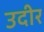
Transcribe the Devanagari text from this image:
उदीर